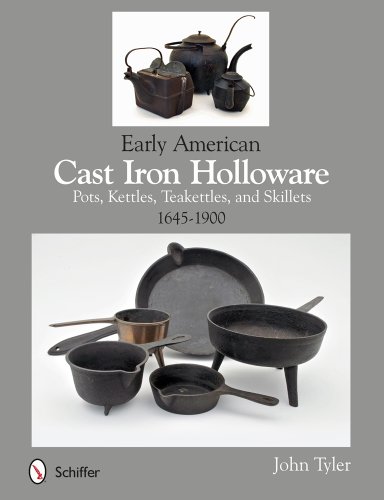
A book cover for Early American Cast Iron Holloware 1645-1900: Pots, Kettles, Teakettles, and Skillets; John Tyler; Crafts, Hobbies & Home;